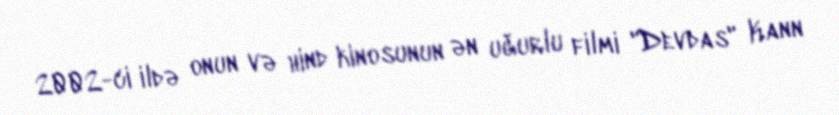
2002-ci ildə onun və hind kinosunun ən uğurlu filmi "Devdas" Kann